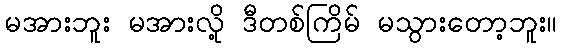
မအားဘူး မအားလို့ ဒီတစ်ကြိမ် မသွားတော့ဘူး။